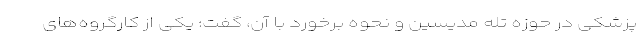
پزشکی در حوزه تله مدیسین و نحوه برخورد با آن، گفت: یکی از کارگروه‌های